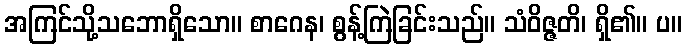
အကြင်သို့သဘောရှိသော။ စာဂေန၊ စွန့်ကြဲခြင်းသည်။ သံဝိဇ္ဇတိ၊ ရှိ၏။ ပ။